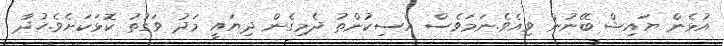
އުޅެން ޔައިޝް ބޭނުން ވިއެވެ.ނަމަވެސް އެސިކުންތު ދެމިގެން ދިޔައީ މަދު ވަގުތު ކޮޅަކަށެވެ.ހުދާ